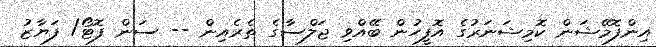
އިންފޮމޭޝަން ކޮމިޝަނަރުގެ އޮފީހުން ބޭއްވި ޖަލްސާގެ ތެރެއިން -- ސަން ފޮޓޯ/ ފަޔާޒު